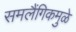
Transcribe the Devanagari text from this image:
समलैंगिकमुळे